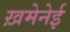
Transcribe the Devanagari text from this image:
ख़मेनेई